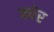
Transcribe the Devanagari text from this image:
क्येर